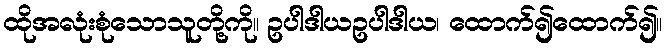
ထိုအလုံးစုံသောသူတို့ကို။ ဥပါဒါယဥပါဒါယ၊ ထောက်၍ထောက်၍။